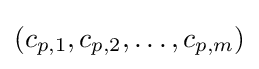
(c_{p,1},c_{p,2},\ldots ,c_{p,m})